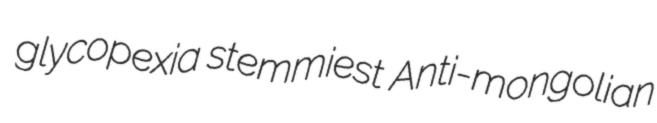
glycopexia stemmiest Anti-mongolian